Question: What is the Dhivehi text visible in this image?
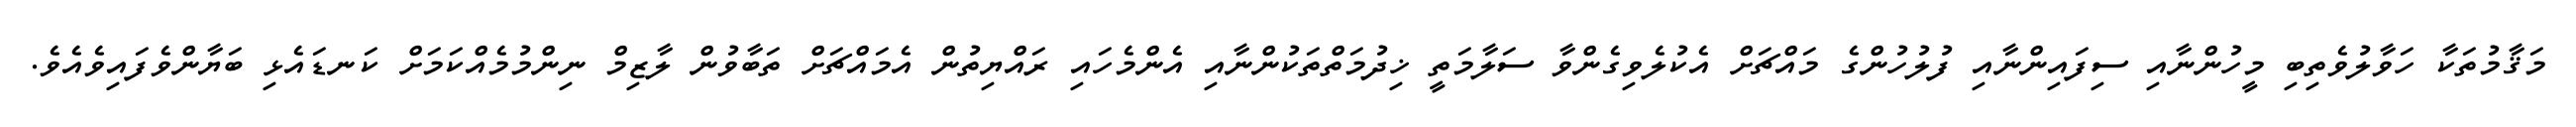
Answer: މަޤާމުތަކާ ހަވާލުވެތިބި މީހުންނާއި ސިފައިންނާއި ފުލުހުންގެ މައްޗަށް އެކުލެވިގެންވާ ސަލާމަތީ ޚިދުމަތްތަކުންނާއި އެންމެހައި ރައްޔިތުން އެމައްޗަށް ތަބާވުން ލާޒިމް ނިންމުމެއްކަމަށް ކަނޑައެޅި ބަޔާންވެފައިވެއެވެ.